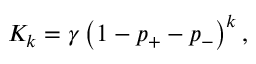
K _ { k } = \gamma \left( 1 - p _ { + } - p _ { - } \right) ^ { k } ,